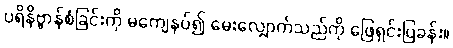
ပရိနိဗ္ဗာန်စံခြင်းကို မကျေနပ်၍ မေးလျှောက်သည်ကို ဖြေရှင်းပြခန်း။